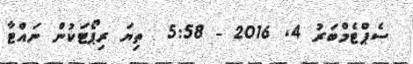
ސެޕްޓެމްބަރު 4